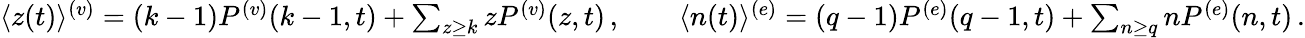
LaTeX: \begin{array}{r}{\begin{array}{r}{\langle z(t)\rangle^{(v)}=(k-1)P^{(v)}({k-1},{t})+\sum_{z\ge k}zP^{(v)}({z},{t})\, ,\qquad\langle n(t)\rangle^{(e)}=(q-1)P^{(e)}({q-1},{t})+\sum_{n\ge q}nP^{(e)}({n},{t})\, .}\end{array}}\end{array}